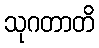
သုဂတာတိ